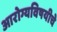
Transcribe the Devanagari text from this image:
आरोग्यविषयीचे